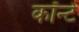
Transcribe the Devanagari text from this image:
कॉन्टे